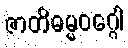
ဇာတိဓမ္မဝဂ္ဂေါ